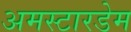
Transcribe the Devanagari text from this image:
अमस्टारडेम